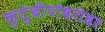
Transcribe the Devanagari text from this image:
कुटुंबीयांबरोबर